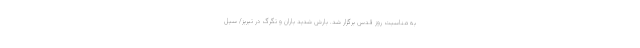
به مناسبت روز قدس برگزار شد. بارش شدید باران و تگرگ در تبریز/ سیل